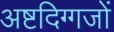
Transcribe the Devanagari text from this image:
अष्टदिग्गजों